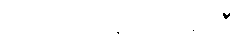
ဥပဒေကြမ်းကော်မတီ